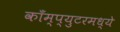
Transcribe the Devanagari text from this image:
काँम्प्युटरमध्ये